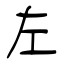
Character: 左